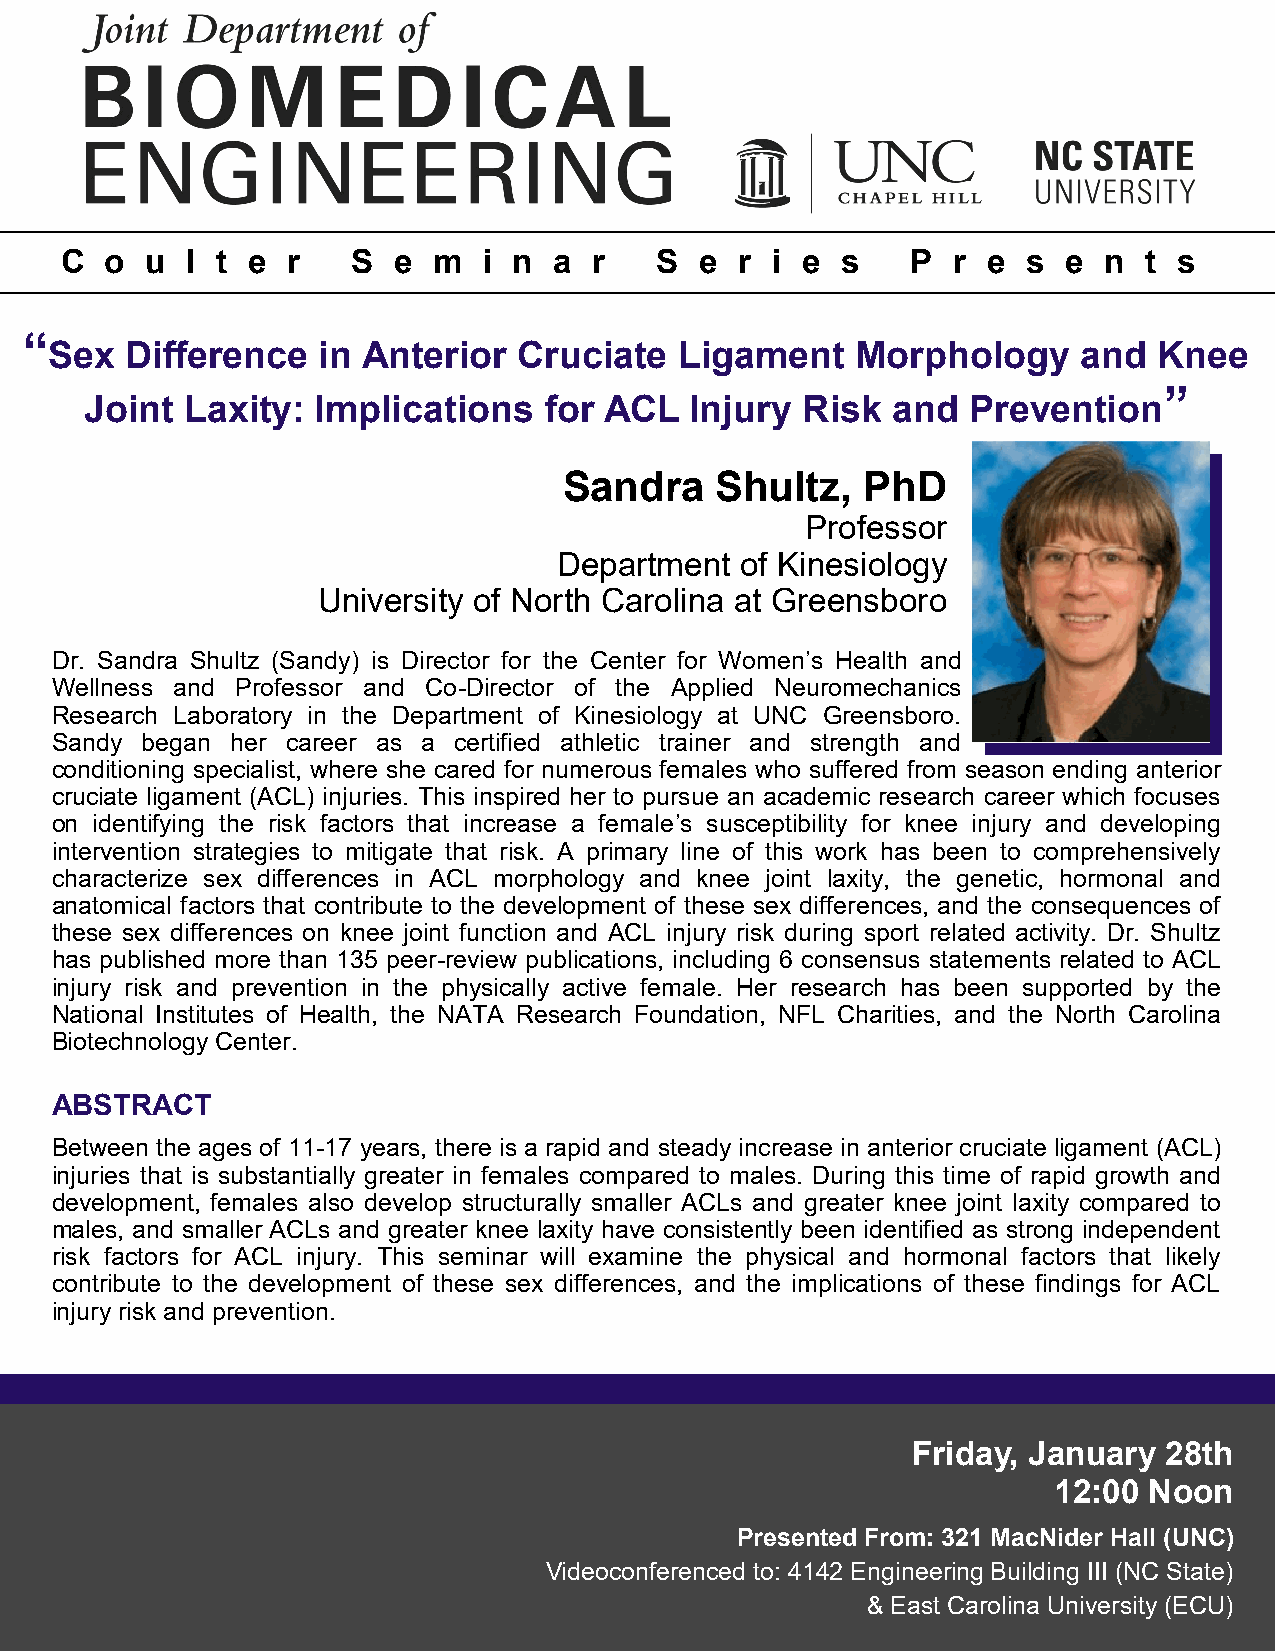
C  o  u l t e  r   S  e  m  i n  a r   S  e  r i e  s   P  r e  s  e n  t s
 “
 Sex  Difference   in Anterior  Cruciate   Ligament    Morphology     and  Knee
 ”
 Joint Laxity:  Implications   for ACL   Injury Risk  and  Prevention
 Sandra    Shultz,   PhD
 Professor
 Department  of Kinesiology
 University of North Carolina at Greensboro
 Dr. Sandra Shultz (Sandy) is Director for the Center for Women’s Health and
 Wellness and Professor and Co-Director of the Applied Neuromechanics
 Research Laboratory in the Department of Kinesiology at UNC Greensboro.
 Sandy began her career as a certified athletic trainer and strength and
 conditioning specialist, where she cared for numerous females who suffered from season ending anterior
 cruciate ligament (ACL) injuries. This inspired her to pursue an academic research career which focuses
 on identifying the risk factors that increase a female’s susceptibility for knee injury and developing
 intervention strategies to mitigate that risk. A primary line of this work has been to comprehensively
 characterize sex differences in ACL morphology and knee joint laxity, the genetic, hormonal and
 anatomical factors that contribute to the development of these sex differences, and the consequences of
 these sex differences on knee joint function and ACL injury risk during sport related activity. Dr. Shultz
 has published more than 135 peer-review publications, including 6 consensus statements related to ACL
 injury risk and prevention in the physically active female. Her research has been supported by the
 National Institutes of Health, the NATA Research Foundation, NFL Charities, and the North Carolina
 Biotechnology Center.
 ABSTRACT
 Between the ages of 11-17 years, there is a rapid and steady increase in anterior cruciate ligament (ACL)
 injuries that is substantially greater in females compared to males. During this time of rapid growth and
 development, females also develop structurally smaller ACLs and greater knee joint laxity compared to
 males, and smaller ACLs and greater knee laxity have consistently been identified as strong independent
 risk factors for ACL injury. This seminar will examine the physical and hormonal factors that likely
 contribute to the development of these sex differences, and the implications of these findings for ACL
 injury risk and prevention.
 Friday, January  28th
 12:00 Noon
 Presented From: 321 MacNider Hall (UNC)
 Videoconferenced to: 4142 Engineering Building III (NC State)
 & East Carolina University (ECU)